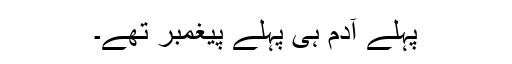
پہلے آدم ہی پہلے پیغمبر تھے۔